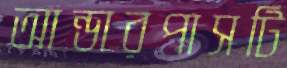
আন্ডারপাসটি